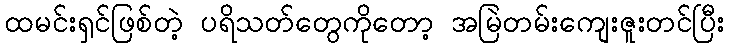
ထမင်းရှင်ဖြစ်တဲ့ ပရိသတ်တွေကိုတော့ အမြဲတမ်းကျေးဇူးတင်ပြီး